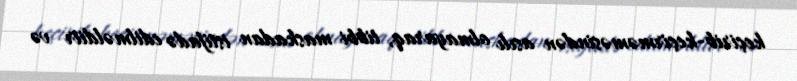
keçirib-keçirməməsindən asılı olmayaraq, tibbi maskadan istifadə edilməldiir və